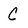
Character: C